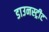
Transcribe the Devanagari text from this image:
डाउनस्ट्रीट